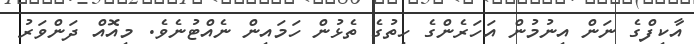
އާކިފްގެ ނަން އިނުމުން އަހަރެންގެ ހިތުގެ ތެޅުން ހަމައިން ނެއްޓުނެވެ. މިއޮއް ދަންވަރު